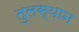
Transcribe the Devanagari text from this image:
तुलस्यान